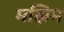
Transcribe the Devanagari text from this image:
मझिम